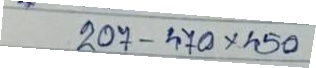
207 - 470 x 450